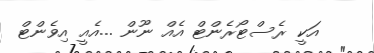
އަކީ ރެސްޓޯރެންޓް އެއް ނޫން ...އެއީ އިވެންޓް